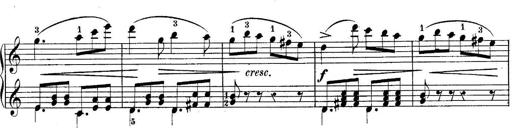
Title: 10 Sonatines progressives
Composer: Anton Schmoll